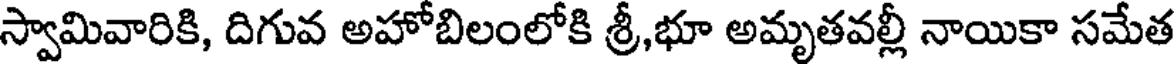
స్వామివారికి, దిగువ అహోబిలంలోకి శ్రీ,భూ అమృతవల్లీ నాయికా సమేత